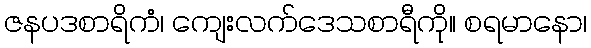
ဇနပဒစာရိကံ၊ ကျေးလက်ဒေသစာရီကို။ စရမာနော၊